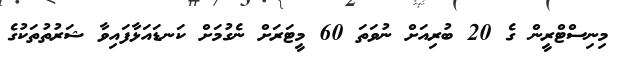
މިނިސްޓްރީން ގެ 20 ބުރިއަށް ނުވަތަ 60 މީޓަރަށް ނެގުމަށް ކަނޑައަޅާފައިވާ ޝަރުތުތަކުގެ